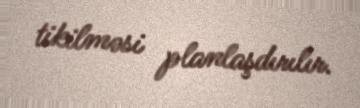
tikilməsi planlaşdırılır.